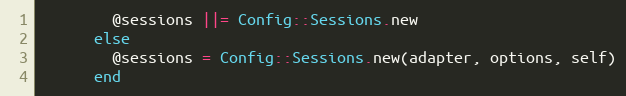
Language: Ruby
        @sessions ||= Config::Sessions.new
      else
        @sessions = Config::Sessions.new(adapter, options, self)
      end